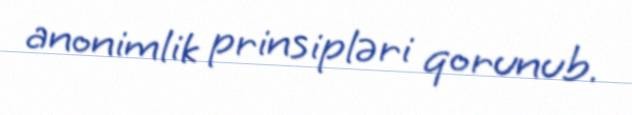
anonimlik prinsipləri qorunub.